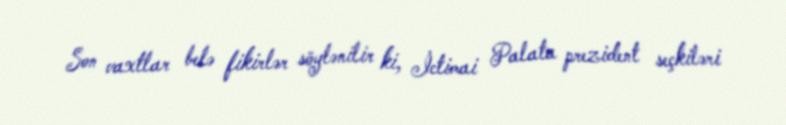
Son vaxtlar belə fikirlər söylənilir ki, İctimai Palata prezident seçkiləri